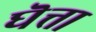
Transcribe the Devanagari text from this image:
घॆत्ता